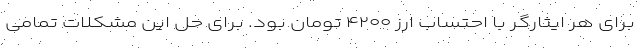
برای هر ایثارگر با احتساب ارز ۴۲۰۰ تومان بود. برای حل این مشکلات تمامی